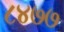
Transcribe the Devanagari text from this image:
८४७७